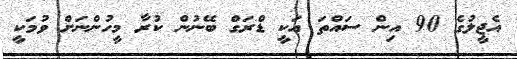
އެޖީލުގެ 90 އިން ސައްތަ އަކީ ޑްރަގް ބޭނުން ކުރާ މީހުންނަށް ވުމަކީ